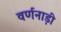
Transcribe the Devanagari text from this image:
वर्णनाड़ी